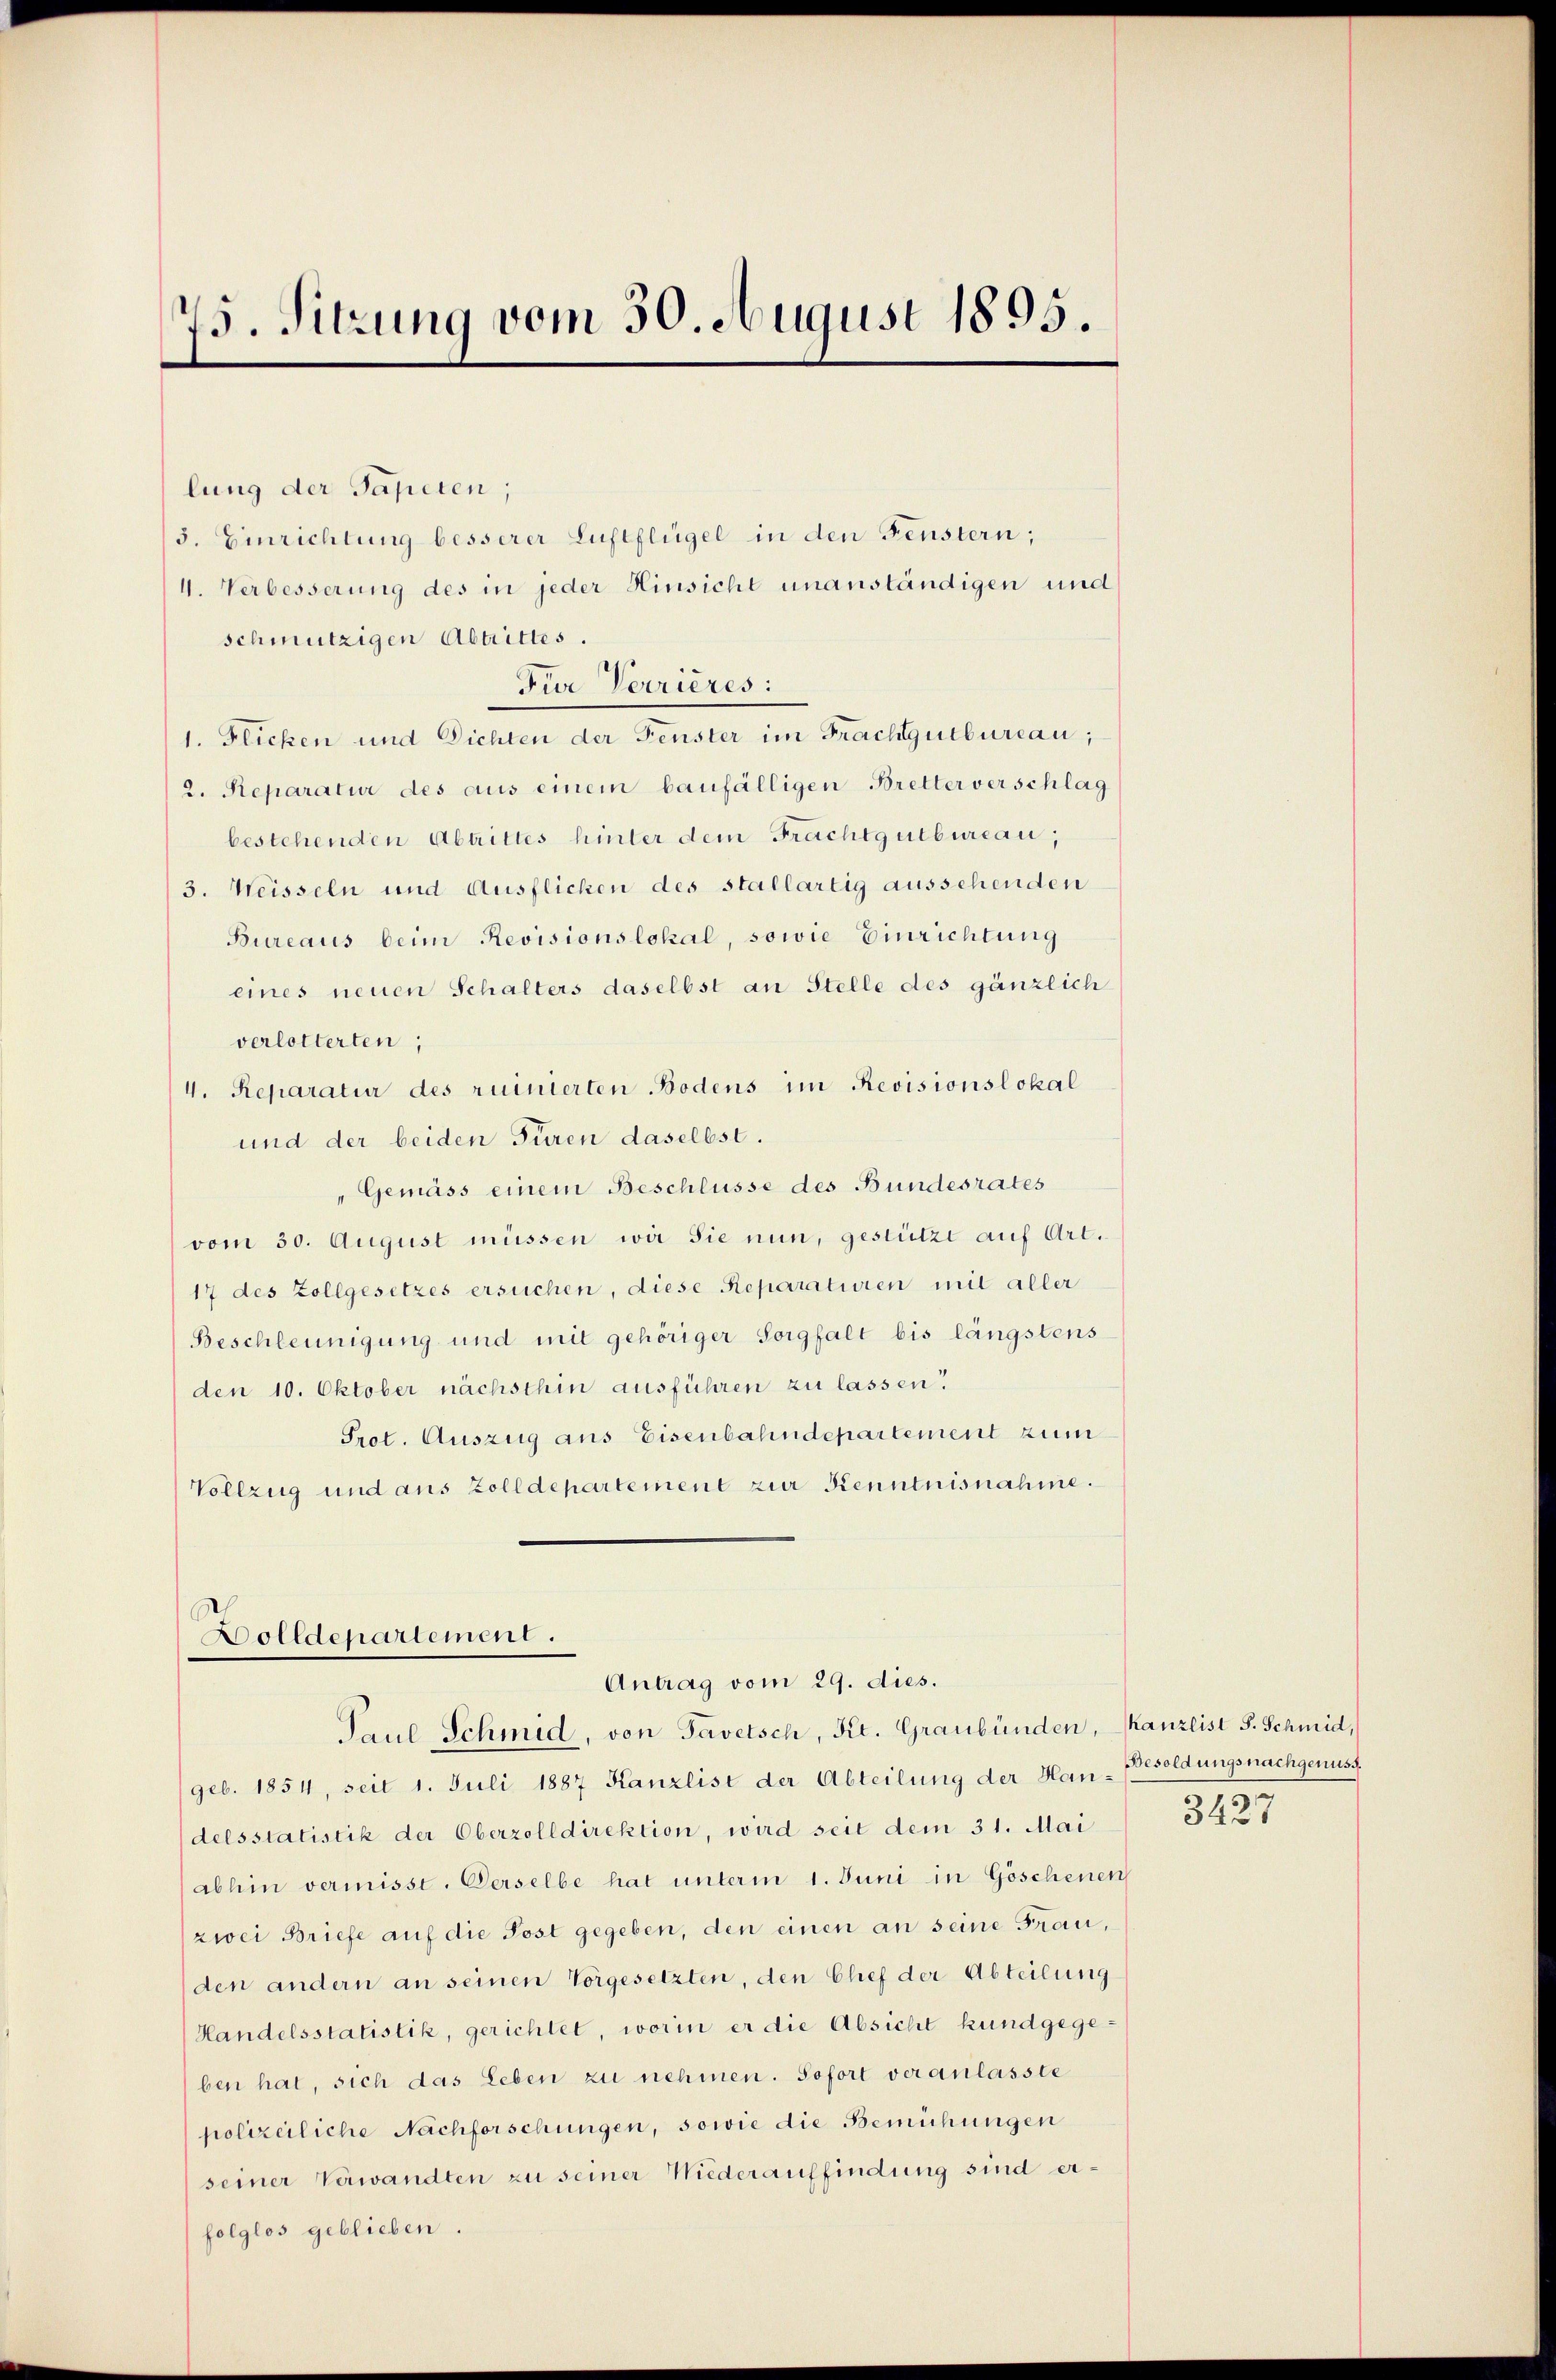
45. Sitzung vom 30. August 1895

lung der Tapeten;
3. Einrichtung besserer Luftflügel in den Fenstern;
4. Verbesserung des in jeder Hinsicht unanständigen und
schmutzigen Abtrittes.
Für Verrieres:
1. Flicken und Dichten der Fenster im Frachtgutbureau,
2. Reparatur des aus einem baufälligen Bretter verschlaf
bestehenden Abtrittes hinter dem Frachtgutbureau,
3. Weisseln und Ausflichen des Stallartig aussehenden
Bureaus beim Revisionslokal, sowie Einrichtung
eines neuen Schalters daselbst an Stelle des gänzlich
verlotterten;
4. Reparatur des ruinierten Bodens im Revisionslokal
und der beiden Türen daselbst.
"Gemäss einem Beschlüsse des Bundesrates
vom 30. August müssen wir Sie nun, gestützt auf Art.
17 des Zollgesetzes ersuchen, diese Reparatioren mit aller
Beschleunigung und mit gehöriger Sorgfalt bis längstens
den 10. Oktober nächsthin ausführen zu lassen.
Prot. Auszug aus Eisenbahndepartement zum
Vollzug und aus Zolldepartement zur Kenntnisnahme.

Dolldepartement.
Antrag vom 29. dies.
Paul Schmid, von Tavetsch, Kt. Graubünden, Kanzlist S. Schmid,

geb. 1854, seit 1. Juli 1887 Kanzlist der Abteilung der Hau-Besoldungsnachgenuss.
delsstatistik der Oberzolldirektion, wird seit dem 31. Mai
abhin vermisst. Verselbe hat unterm 1. Juni in Göschenen
zwei Briefe auf die Post gegeben, den einen an seine Frau,
(den andern an seinen Vorgesetzten, den Chef der Abteilung
Handelsstatistik, gerichtet, worin er die Absicht kundgegeben hat, sich das Leben zu nehmen. Sofort veranlasste
polizeiliche Nachforschungen, sowie die Bemühungen
seiner Verwandten zu seiner Niederauffindung sind erfolglos geblieben.

3427